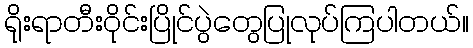
ရိုးရာတီးဝိုင်းပြိုင်ပွဲတွေပြုလုပ်ကြပါတယ်။